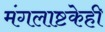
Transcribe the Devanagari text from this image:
मंगलाष्टकेही